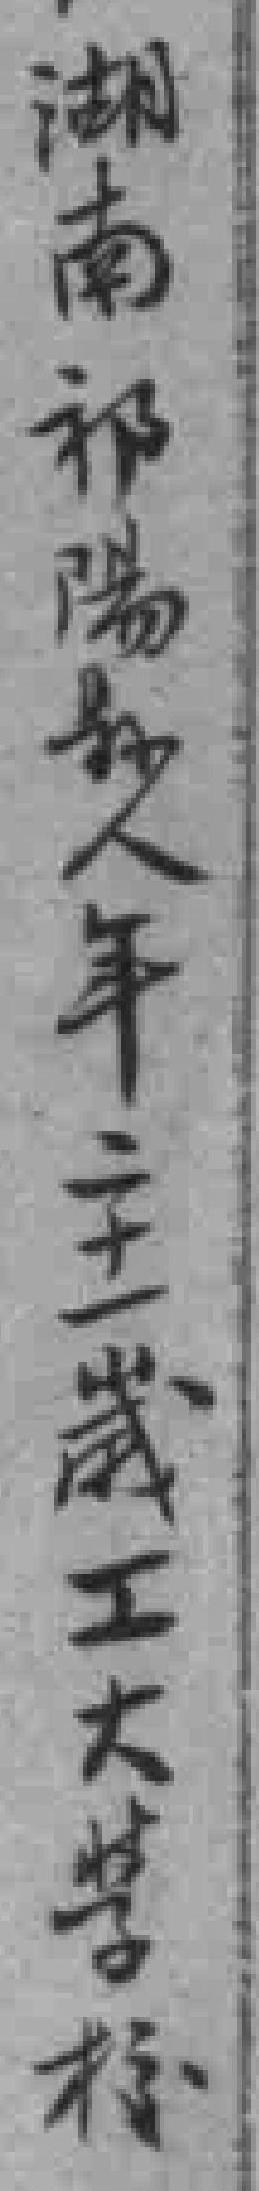
湖南祁陽縣人年二十一歲工大學校